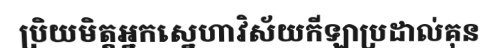
ប្រិយមិត្តអ្នកស្នេហាវិស័យកីឡាប្រដាល់គុន